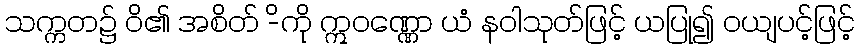
သက္ကတ၌ ဝိ၏ အစိတ် -ိကို ဣဝဏ္ဏော ယံ နဝါသုတ်ဖြင့် ယပြု၍ ဝယျပင့်ဖြင့်